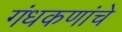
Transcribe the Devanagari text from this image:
गंधकणांचे